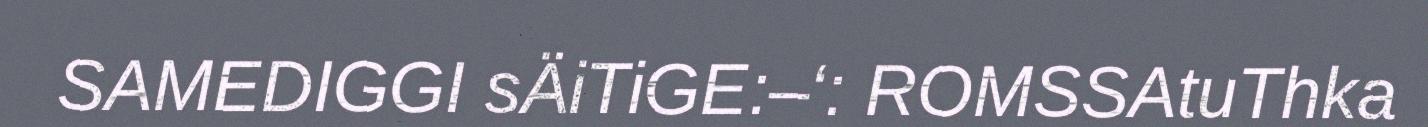
SAMEDIGGI sÄiTiGE:–‘: ROMSSAtuThka